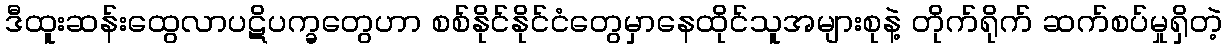
ဒီထူးဆန်းထွေလာပဋိပက္ခတွေဟာ စစ်နိုင်နိုင်ငံတွေမှာနေထိုင်သူအများစုနဲ့ တိုက်ရိုက် ဆက်စပ်မှုရှိတဲ့